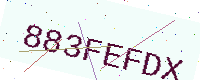
Text: 883FEFDX